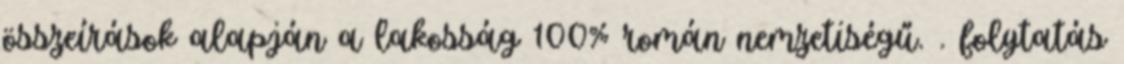
összeírások alapján a lakosság 100% román nemzetiségű. . folytatás